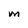
Character: M